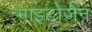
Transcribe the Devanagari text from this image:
माइटोजेन